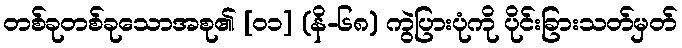
တစ်ခုတစ်ခုသောအစု၏ [၀၁] (နိ-၆၈) ကွဲပြားပုံကို ပိုင်းခြားသတ်မှတ်